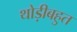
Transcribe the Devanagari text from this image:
थोड़ीबहुत